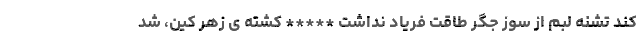
کند تشنه لبم از سوز جگر طاقت فریاد نداشت ***** کشته ی زهر کین، شد